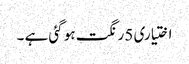
اختیاری 5 رنگت ہو گئی ہے ۔